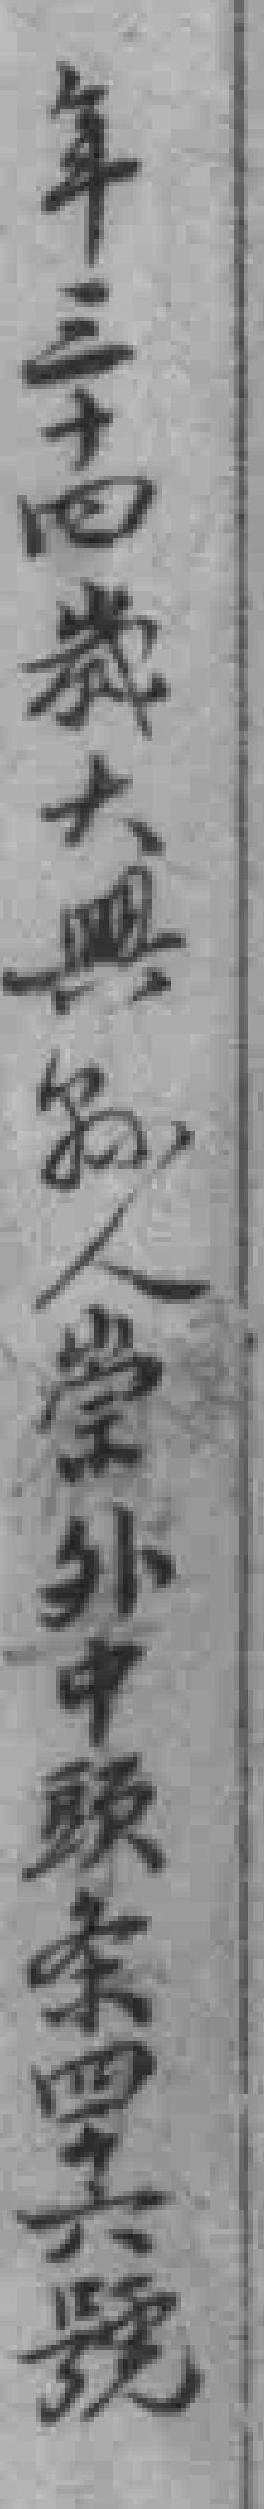
年三十四歲大興縣人崇外中頭条四十六號